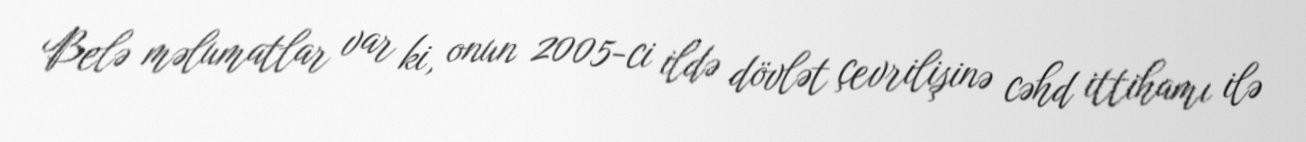
Belə məlumatlar var ki, onun 2005-ci ildə dövlət çevrilişinə cəhd ittihamı ilə